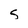
Character: S